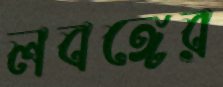
লবঙ্গের